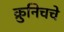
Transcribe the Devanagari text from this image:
क्रुनिचचे